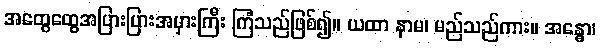
အထွေထွေအပြားပြားအမှားကြီး ကြံသည်ဖြစ်၍။ ယထာ နာမ၊ မည်သည်ကား။ အန္ဓော၊